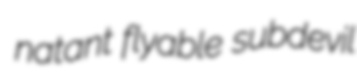
natant flyable subdevil